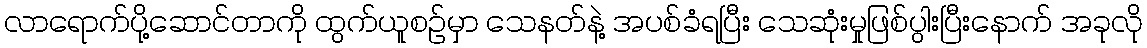
လာရောက်ပို့ဆောင်တာကို ထွက်ယူစဉ်မှာ သေနတ်နဲ့ အပစ်ခံရပြီး သေဆုံးမှုဖြစ်ပွါးပြီးနောက် အခုလို